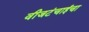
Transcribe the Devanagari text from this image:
वीजटंचाईचा